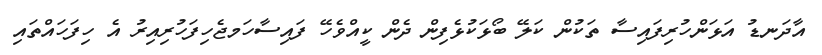
އާދަނޑު އަޅަންހުރިފައިިސާ ތަކުން ކަލޭ ބޯޅަކުޅެފިން ދެން ކީއްވެހޭ ފައިސާހަމޖެހިފަހުރިއިރު އެ ހިފަހައްތައި